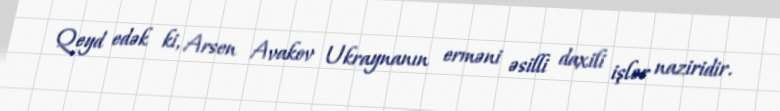
Qeyd edək ki, Arsen Avakov Ukraynanın erməni əsilli daxili işlər naziridir.